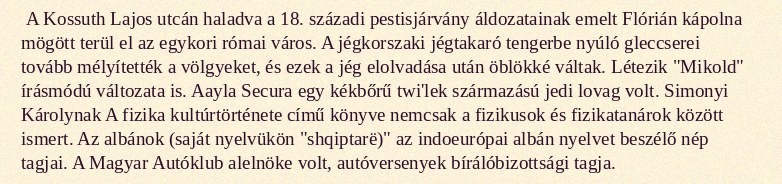
A Kossuth Lajos utcán haladva a 18. századi pestisjárvány áldozatainak emelt Flórián kápolna mögött terül el az egykori római város. A jégkorszaki jégtakaró tengerbe nyúló gleccserei tovább mélyítették a völgyeket, és ezek a jég elolvadása után öblökké váltak. Létezik "Mikold" írásmódú változata is. Aayla Secura egy kékbőrű twi'lek származású jedi lovag volt. Simonyi Károlynak A fizika kultúrtörténete című könyve nemcsak a fizikusok és fizikatanárok között ismert. Az albánok (saját nyelvükön "shqiptarë)" az indoeurópai albán nyelvet beszélő nép tagjai. A Magyar Autóklub alelnöke volt, autóversenyek bírálóbizottsági tagja.